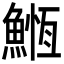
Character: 䱭